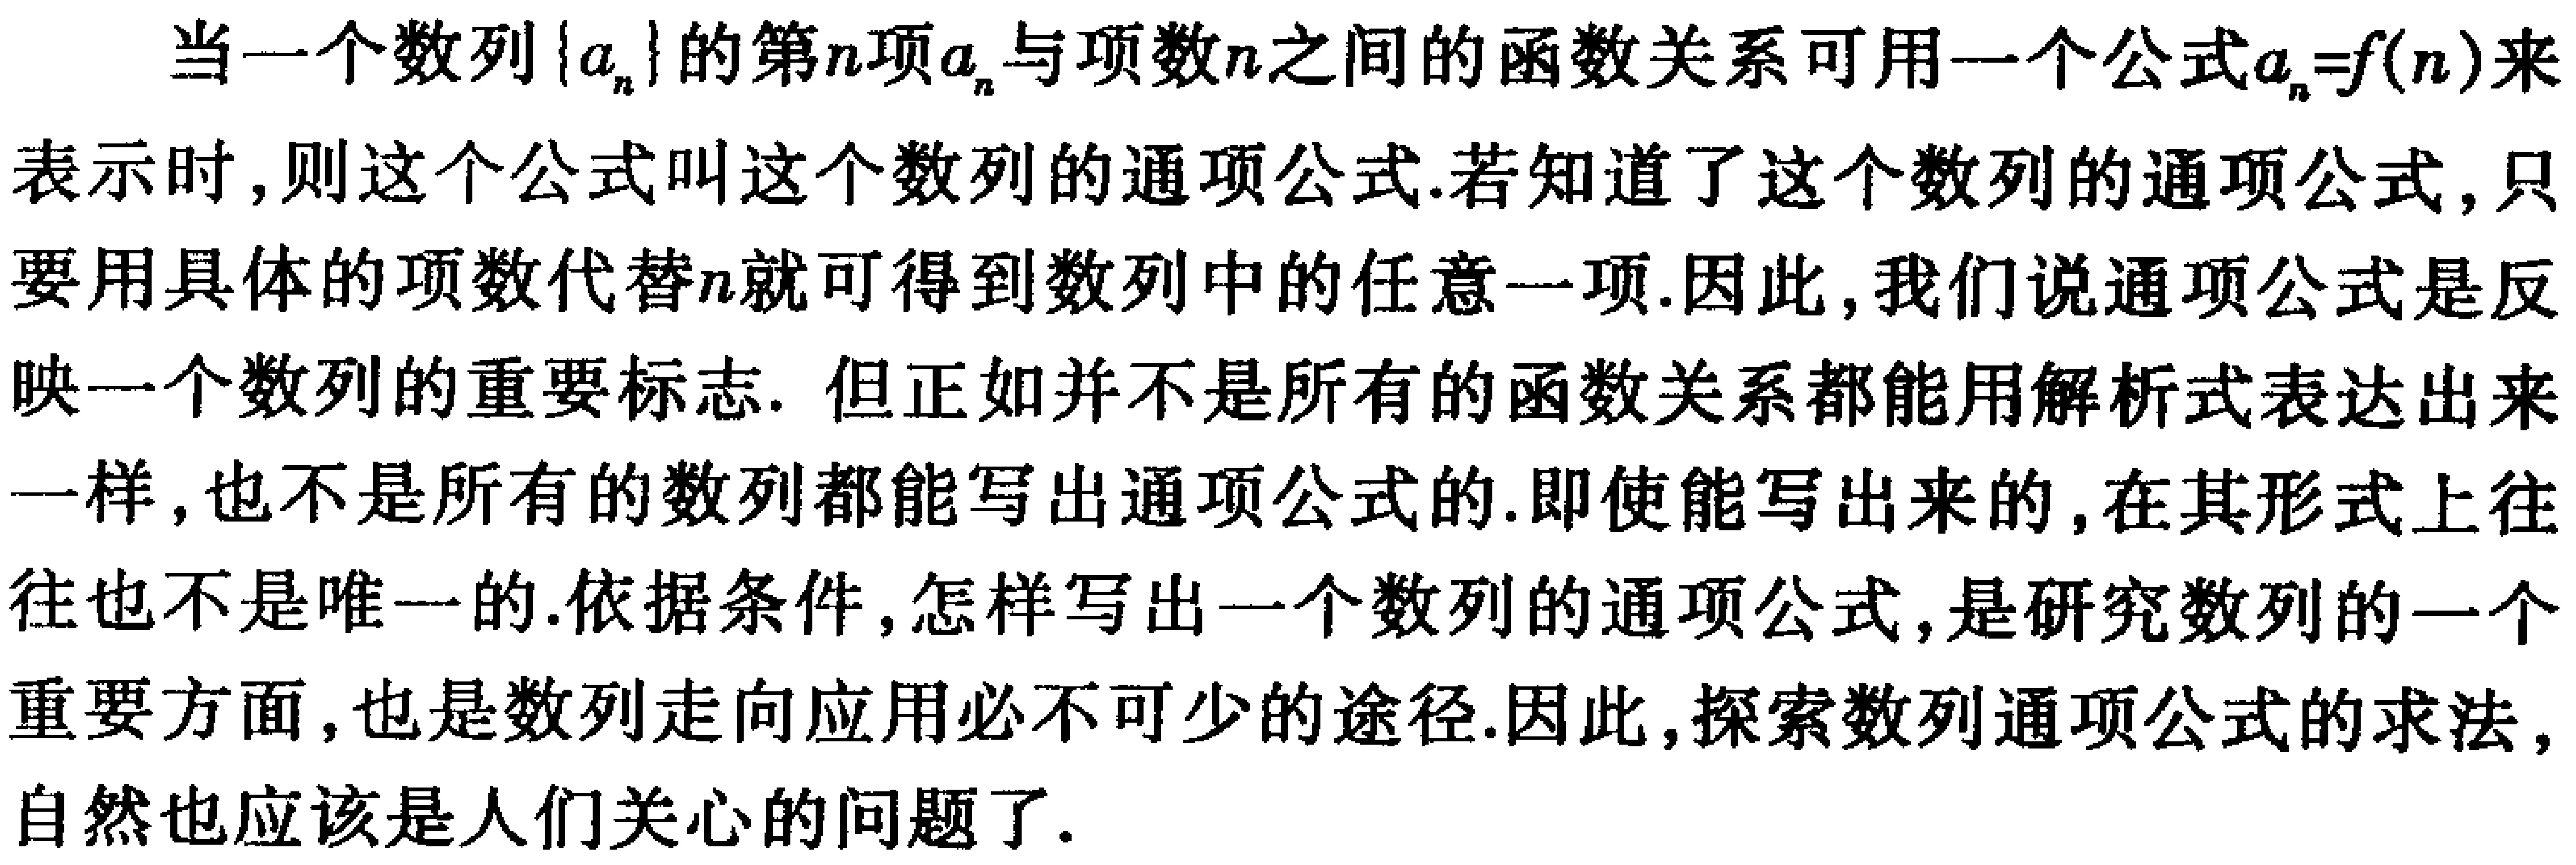
当一个数列\(\{a_{n}\}\)的第\(n\)项\(a_{n}\)与项数\(n\)之间的函数关系可用一个公式\(a_{n}=f(n)\)来表示时，则这个公式叫这个数列的通项公式.若知道了这个数列的通项公式，只要用具体的项数代替\(n\)就可得到数列中的任意一项.因此，我们说通项公式是反映一个数列的重要标志. 但正如并不是所有的函数关系都能用解析式表达出来一样，也不是所有的数列都能写出通项公式的.即使能写出来的，在其形式上往往也不是唯一的.依据条件，怎样写出一个数列的通项公式，是研究数列的一个重要方面，也是数列走向应用必不可少的途径.因此，探索数列通项公式的求法，自然也应该是人们关心的问题了.